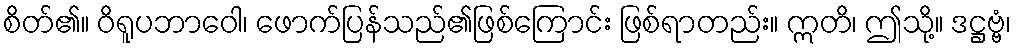
စိတ်၏။ ဝိရူပဘာဝေါ၊ ဖောက်ပြန်သည်၏ဖြစ်ကြောင်း ဖြစ်ရာတည်း။ ဣတိ၊ ဤသို့။ ဒဋ္ဌဗ္ဗံ၊